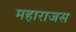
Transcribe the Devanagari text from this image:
महाराजस